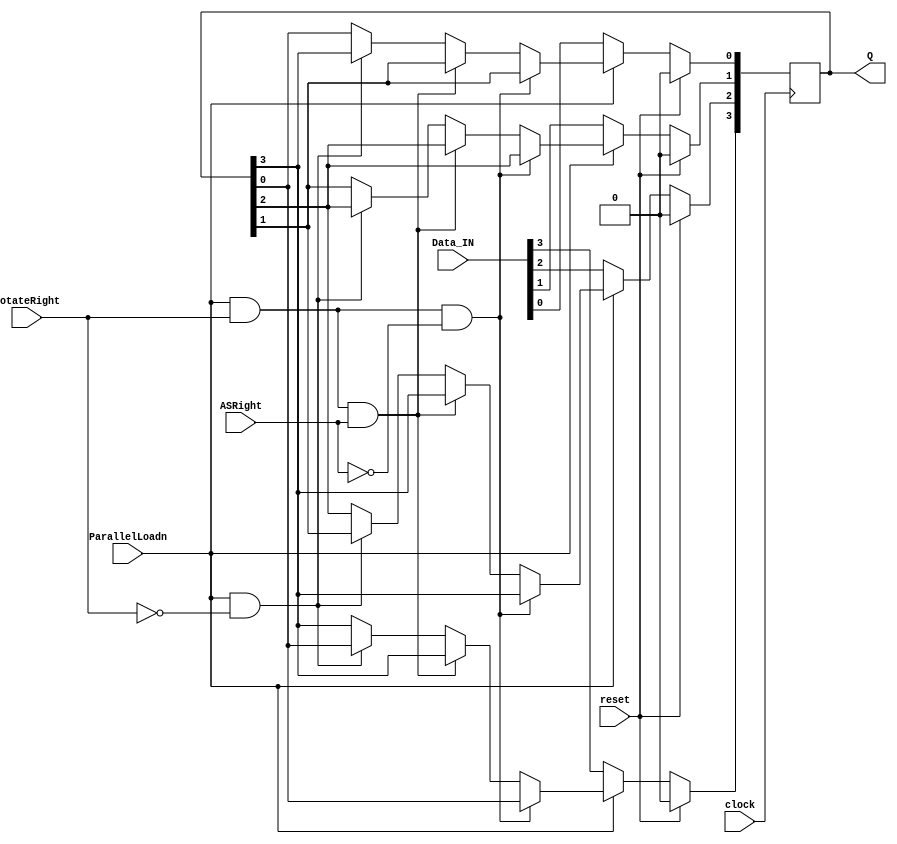
// Failing some test cases:

module part3(clock, reset, ParallelLoadn, RotateRight, ASRight, Data_IN, Q);
	input wire clock, reset;
	input ParallelLoadn, RotateRight, ASRight;
	input [3:0] Data_IN;
	output [3:0] Q;
	reg [3:0] pre_reg_Q;

	always@(posedge clock)
	begin
		if (reset)
		begin
			pre_reg_Q[0] <= 4'b0000;
			pre_reg_Q[1] <= 4'b0000;
			pre_reg_Q[2] <= 4'b0000;
			pre_reg_Q[3] <= 4'b0000;
		end
		else if (ParallelLoadn == 0)
		begin
			pre_reg_Q[0] <= Data_IN[0];
			pre_reg_Q[1] <= Data_IN[1];
			pre_reg_Q[2] <= Data_IN[2];
			pre_reg_Q[3] <= Data_IN[3];		
		end
		else if (ParallelLoadn == 1 && RotateRight == 1 && ASRight == 0)
		begin
			pre_reg_Q[0] <= pre_reg_Q[1];
			pre_reg_Q[1] <= pre_reg_Q[2];
			pre_reg_Q[2] <= pre_reg_Q[3];
			pre_reg_Q[3] <= pre_reg_Q[0];
		end
		else if (ParallelLoadn == 1 && RotateRight == 1 && ASRight == 1)
		begin
			pre_reg_Q[0] <= pre_reg_Q[1];
			pre_reg_Q[1] <= pre_reg_Q[2];
			pre_reg_Q[2] <= pre_reg_Q[3];
			pre_reg_Q[3] <= pre_reg_Q[3];
		end
		else if (ParallelLoadn == 1 && RotateRight == 0)	
		begin
			pre_reg_Q[0] <= pre_reg_Q[3];
			pre_reg_Q[1] <= pre_reg_Q[2];
			pre_reg_Q[2] <= pre_reg_Q[1];
			pre_reg_Q[3] <= pre_reg_Q[0];
		end
	end
	assign Q = pre_reg_Q;
endmodule